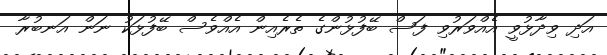
އަދި ވިދާޅުވީ އެއްވަރުވި ފަސް ބޭފުޅުންގެ ތެރެއިން އެއްވެސް ބޭފުޅަކު ނަން އަނބުރާ